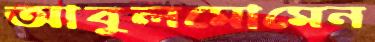
আবুলমোমেন